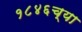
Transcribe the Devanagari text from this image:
१८४६च्या